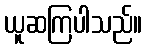
ယူဆကြပါသည်။